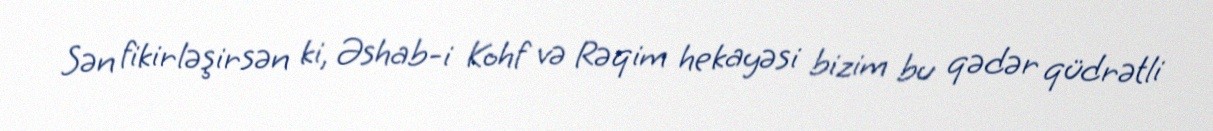
Sən fikirləşirsən ki, Əshab-i Kohf və Rəqim hekayəsi bizim bu qədər qüdrətli